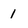
Character: 1